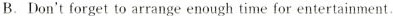
B.Don't forget to arrange enough time for entertainment.